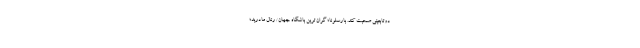
دوتابعیتی صحبت کند. بارسلونا؛ گران ترین باشگاه جهان/ رئال مادرید؛